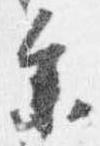
参